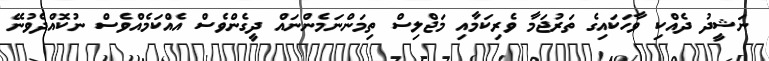
ނަޝީދު ދެއްކި ވާހަކައިގެ ތަރުޖަމާ ވެރިކަމާއި މަޖްލިސް ތިމަންނަމެންނައް ދީގެންވެސް އެއްކަމެއްވެސް ނުކޮއްދެވުނޭ